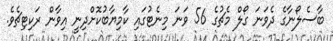
ބާސެލޯނާގެ ދެވަނަ ގޯލް މެޗުގެ 56 ވަނަ މިނެޓުގައި ކާމިޔާބުކޮށްދިނީ އިވާން ރަކިޓިޗެވެ.